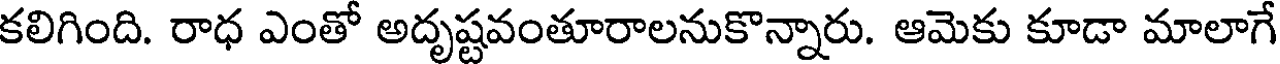
కలిగింది. రాధ ఎంతో అదృష్టవంతూరాలనుకొన్నారు. ఆమెకు కూడా మాలాగే